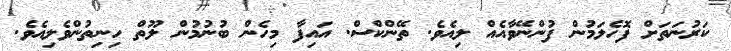
ކަރުނަތަށް ފޮހެލަމުން ފުންނޭވާއެއް ލިއެވެ. ތޭންކްސް. އައިފާ މިހެން ބުނުމުން ލޫތް ހިނިތުންވެލިއެވެ.